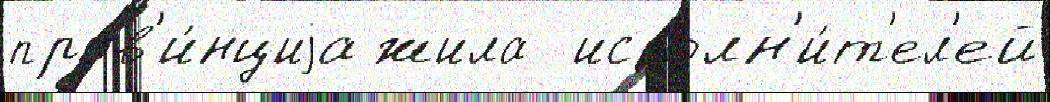
пров'и́нциjа жила  исполн'и́т'ел'ей